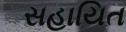
સહાયિત